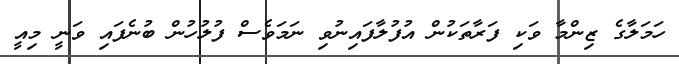
ހަމަލާގެ ޒިންމާ ވަކި ފަރާތަކުން އުފުލާފައިނުވި ނަމަވެސް ފުލުހުން ބުނެފައި ވަނީ މިއީ